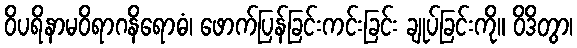
ဝိပရိနာမဝိရာဂနိရောဓံ၊ ဖောက်ပြန်ခြင်းကင်းခြင်း ချုပ်ခြင်းကို။ ဝိဒိတွာ၊